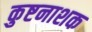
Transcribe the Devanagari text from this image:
कुष्टनाशक